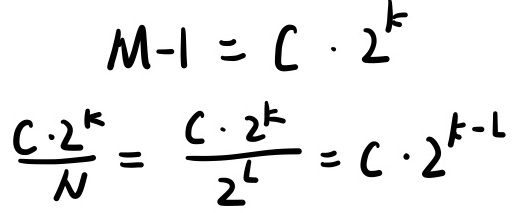
\[
\begin{align*}
M - 1 &= C \cdot 2^{k}\\
\frac{C \cdot 2^{k}}{N} &= \frac{C \cdot 2^{k}}{2^{L}} = C \cdot 2^{k - L}
\end{align*}
\]